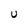
Character: U